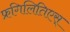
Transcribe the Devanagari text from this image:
फ्रगिलितिएस्